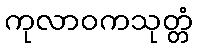
ကုလာဝကသုတ္တံ